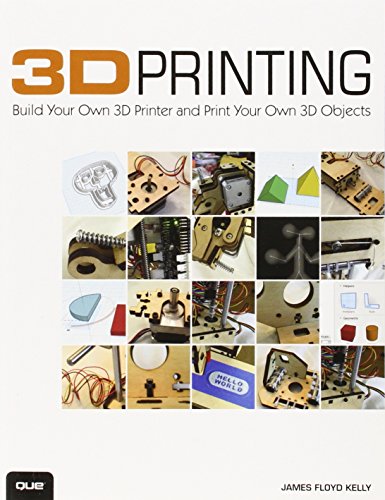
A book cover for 3D Printing: Build Your Own 3D Printer and Print Your Own 3D Objects; James Floyd Kelly; Computers & Technology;